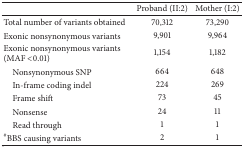
<table><thead><tr><td><b> </b></td><td><b>Proband (II:2)</b></td><td><b>Mother (I:2)</b></td></tr></thead><tbody><tr><td>Total number of variants obtained</td><td>70,312</td><td>73,290</td></tr><tr><td>Exonic nonsynonymous variants</td><td>9,901</td><td>9,964</td></tr><tr><td>Exonic nonsynonymous variants (MAF &lt;0.01)</td><td>1,154</td><td>1,182</td></tr><tr><td> Nonsynonymous SNP</td><td>664</td><td>648</td></tr><tr><td> In-frame coding indel</td><td>224</td><td>269</td></tr><tr><td> Frame shift</td><td>73</td><td>45</td></tr><tr><td> Nonsense</td><td>24</td><td>11</td></tr><tr><td> Read through</td><td>1</td><td>1</td></tr><tr><td><sup>#</sup>BBS causing variants</td><td>2</td><td>1</td></tr></tbody></table>